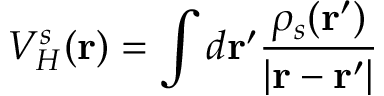
V _ { H } ^ { s } ( \mathbf { r } ) = \int d \mathbf { r } ^ { \prime } \frac { \rho _ { s } ( \mathbf { r } ^ { \prime } ) } { | \mathbf { r } - \mathbf { r } ^ { \prime } | }